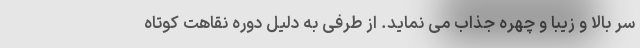
سر بالا و زیبا و چهره جذاب می نماید. از طرفی به دلیل دوره نقاهت کوتاه